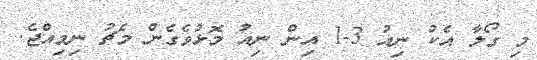
މި ގޯލާ އެކު ނިއު 3-1 އިން ނިއު މޮޅުވެގެން މެޗު ނިމިއްޖެ.